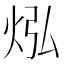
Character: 𪸡